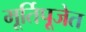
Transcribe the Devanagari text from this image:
मूर्तिपूजेत